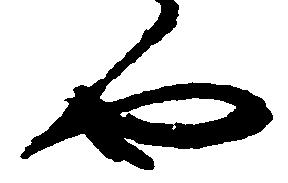
や